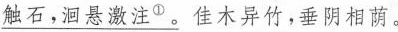
\underline{触石，洄悬激注^{①}。}佳木异竹，垂阴相荫。